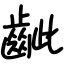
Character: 齜